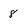
Character: 8